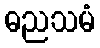
ဓညသမံ